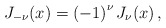
\begin{align*}J_{-\nu }(x)=\left( -1\right) ^{\nu }J_{\nu }(x)\,,\end{align*}